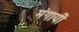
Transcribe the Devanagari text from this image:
मंगायीं